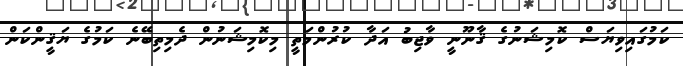
ކަމުގައިވިޔަސް ކޮމިޝަނުގެ ޤާނޫނީ ވާޖިބު އަދާ ކުރުންމަތީ މިކޮމިޝަނުން ދެމިތިބޭނެ ކަމުގެ ޔަޤީންކަން